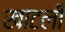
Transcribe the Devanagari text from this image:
खाटली